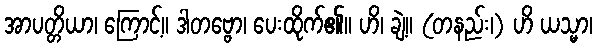
အာပတ္တိယာ၊ ကြောင့်။ ဒါတဗ္ဗော၊ ပေးထိုက်၏။ ဟိ၊ ချဲ့။ (တနည်း၊) ဟိ ယသ္မာ၊